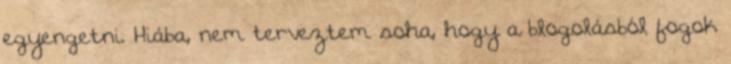
egyengetni. Hiába, nem terveztem soha, hogy a blogolásból fogok